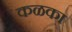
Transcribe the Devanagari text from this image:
कळका